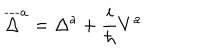
\overline { { { \Delta } } } ^ { a } = \Delta ^ { a } + \frac i \hbar V ^ { a }